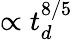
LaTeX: \propto t_{d}^{8/5}